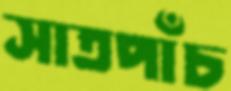
সাতপাঁচ